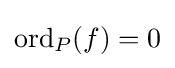
\mathrm {ord} _{P}(f)=0